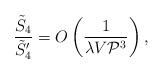
LaTeX: \begin{align*}\frac{\tilde{S}_4}{\tilde{S}_4'} = O \left(\frac{1}{\lambda V {\cal P}^3} \right) , \end{align*}